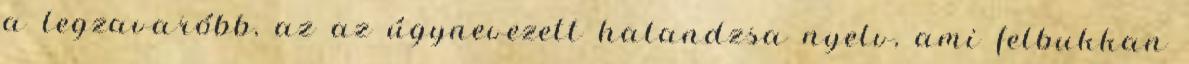
a legzavaróbb, az az úgynevezett halandzsa nyelv, ami felbukkan